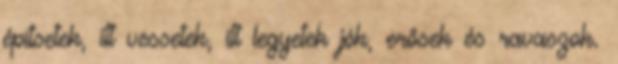
építsetek, itt vessetek, itt legyetek jók, erősek és ravaszok.